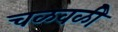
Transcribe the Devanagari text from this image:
चळवळीे